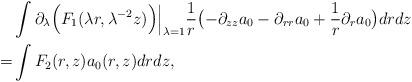
LaTeX: \begin{align*} & \int \partial_{\lambda} \Bigl( F_1 (\lambda r, \lambda^{-2} z) \Bigr)\Bigr|_{\lambda=1}\frac 1 r \bigl( -\partial_{zz} a_0 - \partial_{rr} a_0 +\frac 1 r \partial_r a_0 \bigr) dr dz\\= & \int F_2(r,z) a_0(r,z)dr dz,\end{align*}